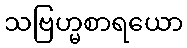
သဗြဟ္မစာရယော